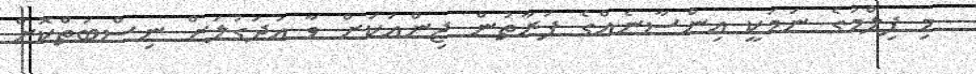
މި ފިލްމުގެ ނަމަކީ އިންސާނެއްގެ ފަރާތުން ޖިންއަކަށް ވާ އުދަގުލަށް ނިސްބަތްކޮށް